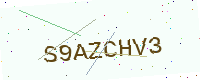
Text: S9AZCHV3